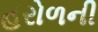
હરોળની